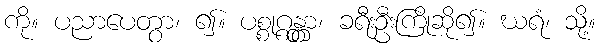
ကို။ ပညာပေတွာ၊ ၍။ ပစ္စုဂ္ဂန္တွာ၊ ခရီးဦးကြိုဆို၍။ ဃရံ၊ သို့။